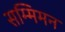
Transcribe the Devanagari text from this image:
सम्मिमन